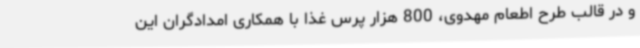
و در قالب طرح اطعام مهدوی، 800 هزار پرس غذا با همکاری امدادگران این